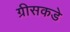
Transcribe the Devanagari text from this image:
ग्रीसकडे